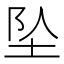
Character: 坠